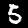
Label: 5